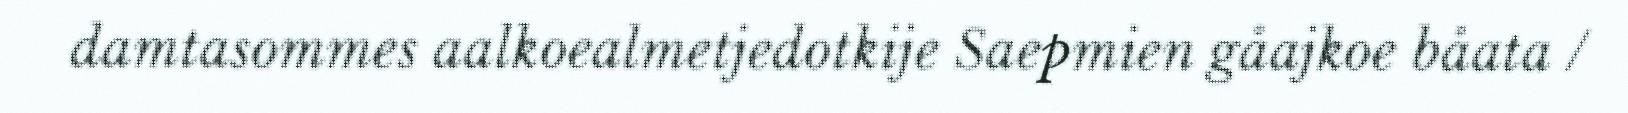
damtasommes aalkoealmetjedotkije Saepmien gåajkoe båata /